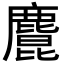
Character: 𪋆